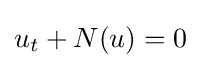
{\textstyle u_{t}+N(u)=0}